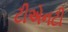
ટીએનટી